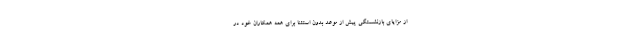
از مزایای بازنشستگی پیش از موعد بدون استثنا برای همه همکاران خود در